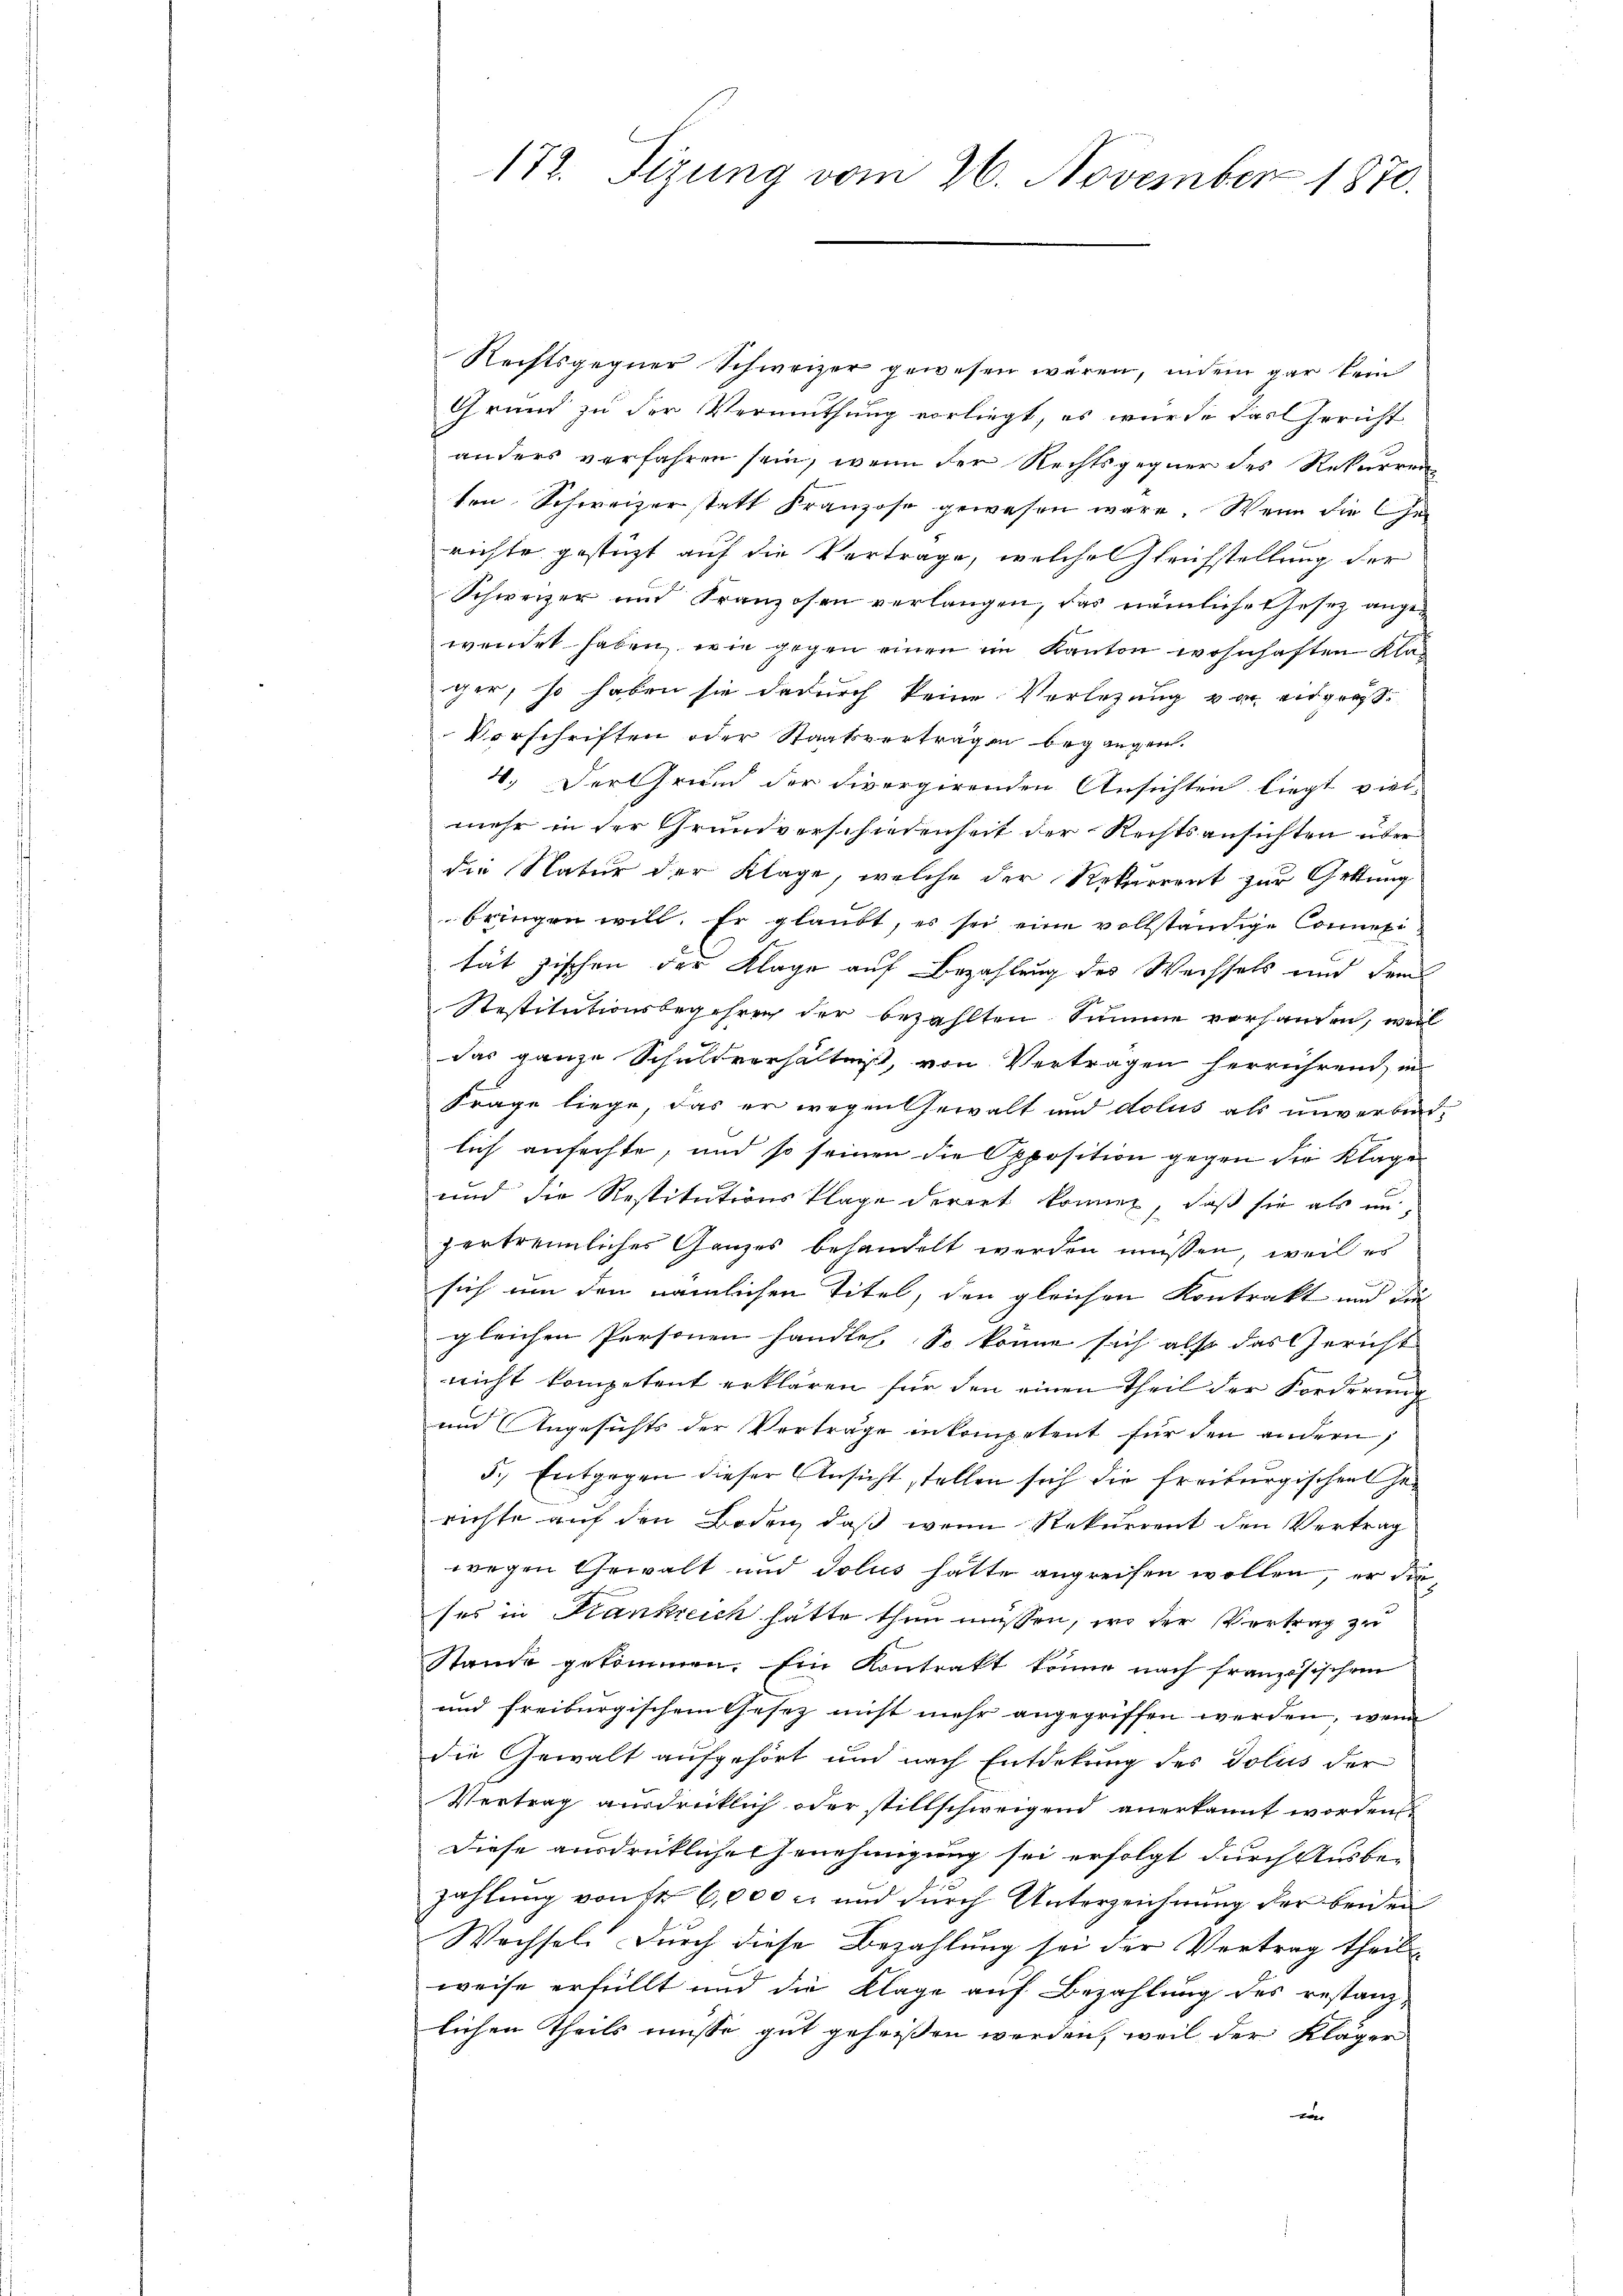
172. Sizung vom 26. November 1870.

Rechtsgegner Schweizer gewesen wären, indem gar kein
Grund zu der Vermuthung vorliegt, es wurde das Gericht
anders verfahren sein, wenn der Rechtsgegner des Rekurren
ten Schweizer statt Franzose gewesen wäre. Wenn die Gerichte gestüzt auf die Vertrage, welche Gleichstellung der
Schweizer und Franzosen verlangen, das nämliche Thesez angewendet haben, wie gegen einen im Kanton wohnhaften Klager, so haben sie dadurch keine Verlegung vor eidgraf
Vorschriften oder Staatsverträgen begangen.
4. Der Grund der divergirenden Ansichten liegt viel-
mehr in der Grundverschiedenheit der Rechtsansichten über
die Natur der Klage, welche der Rekurrent zur Gettung
bringen will. Er glaubt, es sei eine vollständige Connexi
tät zischen der Klage auf Bezahlung des Wechsels und dem
Restitutionsbegehren der bezahlten Summe vorhanden, weil
das ganze Schuldverhältniß, von Vertragen herrühren, in
Frage liege, das er wegen Gewalt und dolus als unverbind-
lich anfechte, und so seinen die Opposition gegen die Klage
und die Restitutionsklage dorirt können, daß sie als unvertrennliches Ganzes behandelt werden müssen, weil es
sich um den nämlichen Titel, den gleichen Kontrakt und die
gleichen Personen handles. So könne sich also das Gericht
nicht kompetent erklären für den einen Theil der Forderung
und Angesichts der Vorträge inkompetent für den andern,
5.) Entgegen dieser Ansicht stellen sich die freiburgischen Gerichte auf den Boden, daß wenn Rekurrent den Vertrag
wegen Gewalt und dolus hätte angreifen wollen, er die
ses in Krankreich hätte thun müssen, wo der Vertrag zu
Stande gekommen. Ein Kontrakt könne nach französischen
und freiburgischem Gesez nicht mehr angegriffen werden, wenn
die Gewalt aufgehört und nach Entdekung des Dolus der
Vertrag ausdrücklich oder stillschweigend anerkannt worden.
Diese ausdrückliche Genehmigung sei erfolgt durch Ausbe-
zahlung von Fr. 6,000 c. und durch Unterzeichnung der beiden
Wechsel. Durch diese Bezahlung sei der Vertrag theil
weise erfüllt und die Klage auf Bezahlung des restanzlichen Theils müsse gut geheißen werden, weil der Kläger